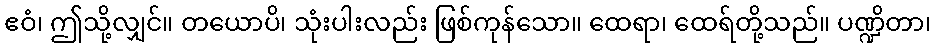
ဧဝံ၊ ဤသို့လျှင်။ တယောပိ၊ သုံးပါးလည်း ဖြစ်ကုန်သော။ ထေရာ၊ ထေရ်တို့သည်။ ပဏ္ဍိတာ၊